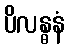
ပိလန္ဓနံ